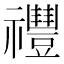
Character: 𥜨